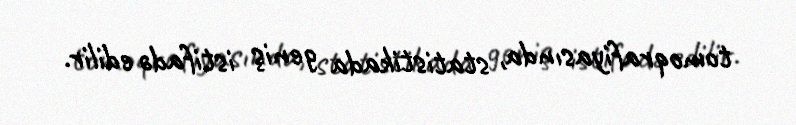
tomoqrafiyasında, statistikada geniş istifadə edilir.